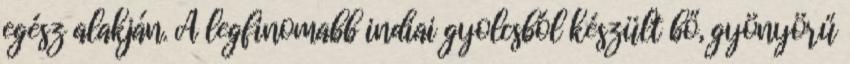
egész alakján. A legfinomabb indiai gyolcsból készült bő, gyönyörű